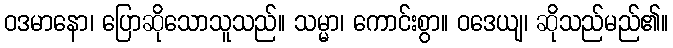
ဝဒမာနော၊ ပြောဆိုသောသူသည်။ သမ္မာ၊ ကောင်းစွာ။ ဝဒေယျ၊ ဆိုသည်မည်၏။